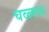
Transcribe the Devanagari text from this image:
चळ्वळ